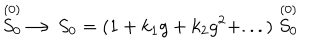
LaTeX: \stackrel { ( 0 ) } { S _ { 0 } } \longrightarrow S _ { 0 } = ( 1 + k _ { 1 } g + k _ { 2 } g ^ { 2 } + . . . ) \stackrel { ( 0 ) } { S _ { 0 } }